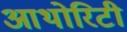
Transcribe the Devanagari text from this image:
आथोरिटी